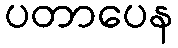
ပတာပေန